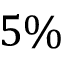
5 \%